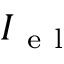
{ { I } _ { \mathrm { ~ e ~ l ~ } } }